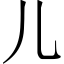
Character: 儿